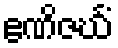
ဧဏိဇင်္ဃံ